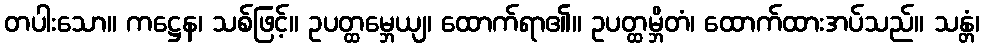
တပါးသော။ ကဋ္ဌေန၊ သစ်ဖြင့်။ ဥပတ္ထမ္ဘေယျ၊ ထောက်ရာ၏။ ဥပတ္ထမ္ဘိတံ၊ ထောက်ထားအပ်သည်။ သန္တံ၊